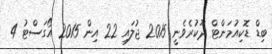
ބިޑް ޑޮކިއުމަންޓް ދޫކުރެވެނީ 2015 ޖުލައި 22 އިން 2015 އޯގަސްޓު 4